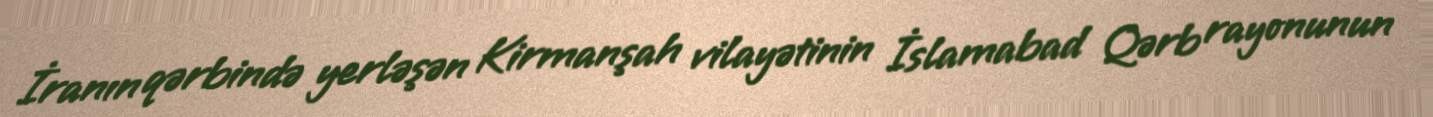
İranın qərbində yerləşən Kirmanşah vilayətinin İslamabad Qərb rayonunun